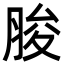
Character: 脧